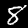
Label: 8